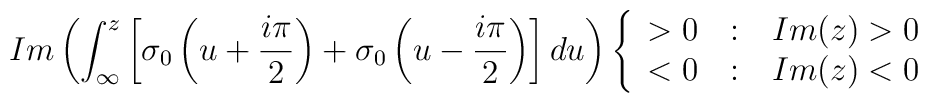
Im \left(\int_{\infty}^{z}\left[\sigma_0\left(u+\frac{i\pi}{2}\right)+\sigma_0\left(u-\frac{i\pi}{2}\right)\right]du\right)\left\{ \begin{array}{r@{\quad:\quad}l}>0 & Im(z)>0 \\ <0 & Im(z)<0\end{array}\right.